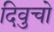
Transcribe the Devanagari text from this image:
दिवुचो